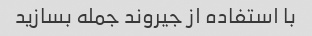
با استفاده از جیروند جمله بسازید